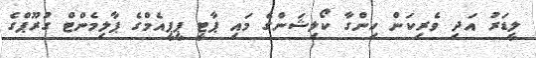
ލީޑަރު އަދި ވެރިކަން ހިންގާ ކޯލިޝަންގެ މައި ޕާޓީ ޕީޕީއެމްގެ ޕާލިމެންޓް ގުރޫޕްގެ